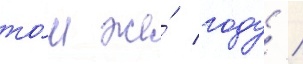
то́м же́ году /